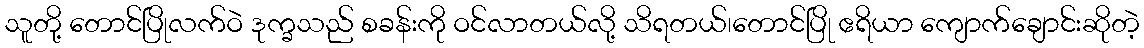
သူတို့ တောင်ပြိုလက်ဝဲ ဒုက္ခသည် စခန်းကို ဝင်လာတယ်လို့ သိရတယ်၊တောင်ပြို ဧရိယာ ကျောက်ချောင်းဆိုတဲ့